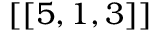
\left[ [ 5 , 1 , 3 \right] ]